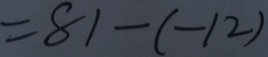
= 8 1 - ( - 1 2 )